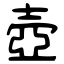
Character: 壺